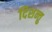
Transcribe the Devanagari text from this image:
दिशन्तु